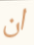
ان